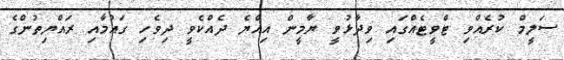
ސަލީމް ކުރެއްވި ޓްވީޓެއްގައި ވިދާޅުވީ ޔާމީން އިއްޔެ ދެެއްކެވީ ދިވެހި ގައުމާއި ރައްޔިތުންގެ